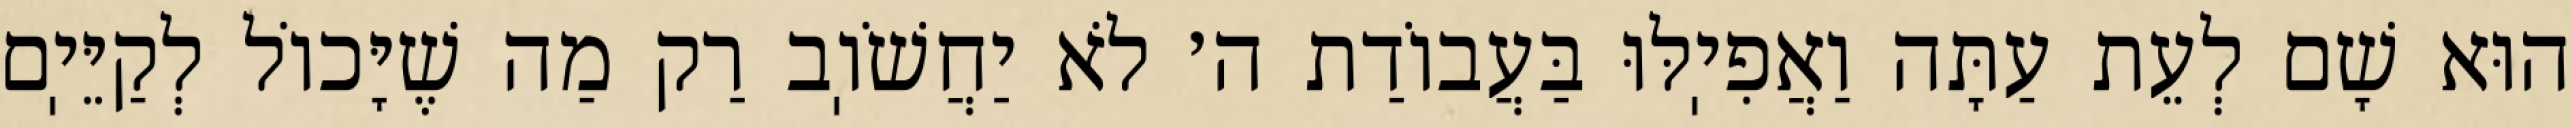
הוּא שָׁם לְעֵת עַתָּה וַאֲפִיֽלּוּ בַּעֲבוֹדַת ה׳ לֹא יַחֲשֹׁוֽב רַק מַה שֶׁיָּכוֹל לְקַיֵּיֽם